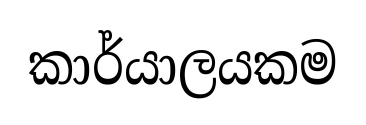
කාර්යාලයකම